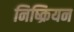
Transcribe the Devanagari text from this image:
निष्क्रियन